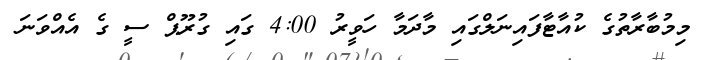
މިމުބާރާތުގެ ކުއާޓާފައިނަލްގައި މާދަމާ ހަވީރު 4:00 ގައި ގުރޫޕް ސީ ގެ އެއްވަނަ